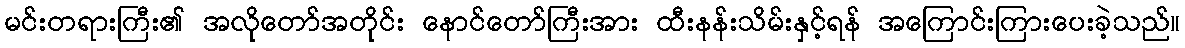
မင်းတရားကြီး၏ အလိုတော်အတိုင်း နောင်တော်ကြီးအား ထီးနန်းသိမ်းနှင့်ရန် အကြောင်းကြားပေးခဲ့သည်။